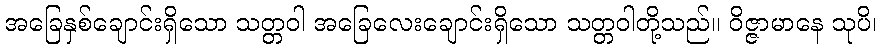
အခြေနှစ်ချောင်းရှိသော သတ္တဝါ အခြေလေးချောင်းရှိသော သတ္တဝါတို့သည်။ ဝိဇ္ဇာမာနေ သုပိ၊